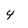
Character: 4